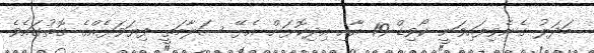
ބަދަލު ގެނެވިފައިވަނީ ކޯވިޑް 19 އާއި އިދިކޮޅަށް އެޅޭ ސަލާމަތީ ފިޔަވަޅެއްގެ ގޮތުގައެވެ.